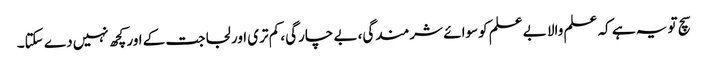
سچ تو یہ ہے کہ علم والا بے علم کوسوائے شرمندگی، بے چارگی، کم تری اور لجاجت کے اور کچھ نہیں دے سکتا۔